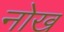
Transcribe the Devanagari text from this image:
नोख